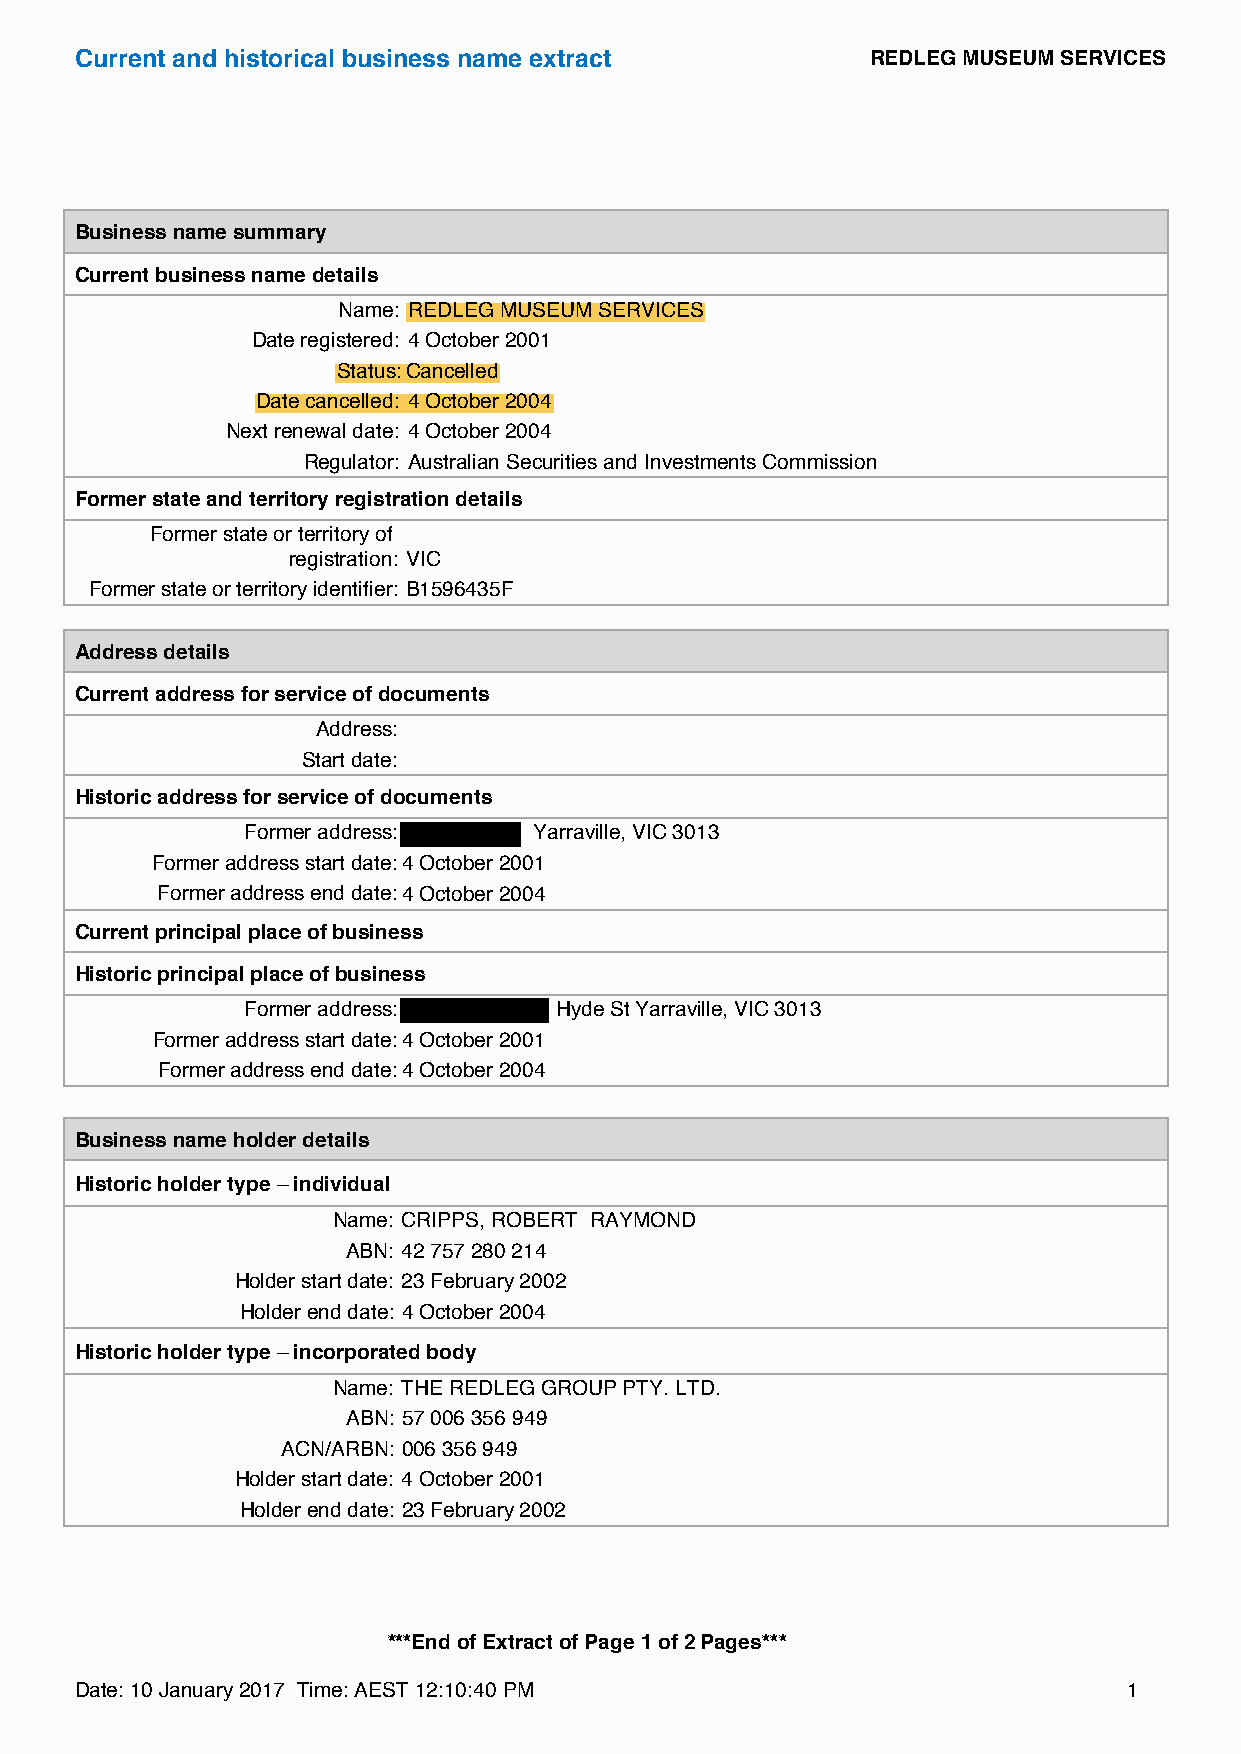
Current and historical business name extract         REDLEG MUSEUM SERVICES
 Business name summary
 Current business name details
 Name: REDLEG MUSEUM SERVICES
 Date registered: 4 October 2001
 Status:Cancelled
 Date cancelled: 4 October 2004
 Next renewal date: 4 October 2004
 Regulator: Australian Securities and Investments Commission
 Former state and territory registration details
 Former state or territory of
 registration: VIC
 Former state or territory identifier: B1596435F
 Address details
 Current address for service of documents
 Address:
 Start date:
 Historic address for service of documents
 Former address:    Yarraville, VIC 3013
 Former address start date:4 October 2001
 Former address end date:4 October 2004
 Current principal place of business
 Historic principal place of business
 Former address:      Hyde St Yarraville, VIC 3013
 Former address start date:4 October 2001
 Former address end date:4 October 2004
 Business name holder details
 Historic holder type – individual
 Name: CRIPPS, ROBERT RAYMOND
 ABN: 42 757 280 214
 Holder start date: 23 February 2002
 Holder end date: 4 October 2004
 Historic holder type – incorporated body
 Name: THE REDLEG GROUP PTY. LTD.
 ABN: 57 006 356 949
 ACN/ARBN: 006 356 949
 Holder start date: 4 October 2001
 Holder end date: 23 February 2002
 ***End of Extract of Page 1 of 2 Pages***
 Date: 10 January 2017 Time: AEST 12:10:40 PM                          1